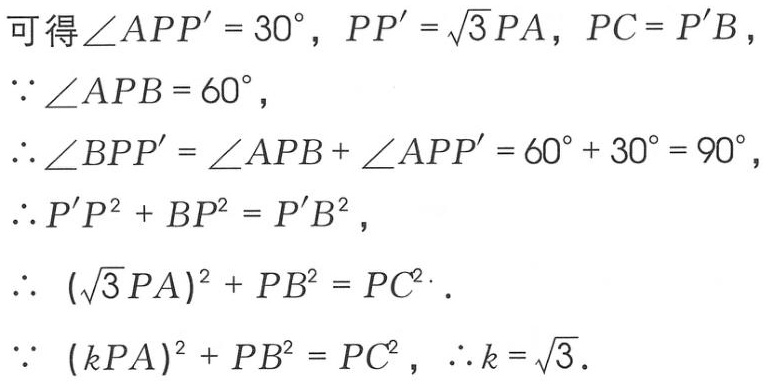
可得\(\angle APP' = 30^{\circ}\)，\(PP' = \sqrt{3}PA\)，\(PC = P'B\)，
\(\because \angle APB = 60^{\circ}\)，
\(\therefore \angle BPP' = \angle APB + \angle APP' = 60^{\circ} + 30^{\circ} = 90^{\circ}\)，
\(\therefore P'P^{2} + BP^{2} = P'B^{2}\)，
\(\therefore  (\sqrt{3}PA)^{2} + PB^{2} = PC^{2}\).
\(\because  (kPA)^{2} + PB^{2} = PC^{2}\)，\(\therefore k = \sqrt{3}\).